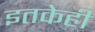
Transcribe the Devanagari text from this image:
इतकेही